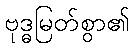
ဗုဒ္ဓမြတ်စွာ၏